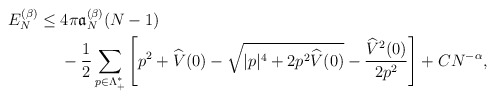
\begin{align*} E_N^{(\beta)} \le\;& 4\pi \mathfrak{a}_N^{(\beta)}(N-1)\\&-\frac{1}{2}\sum_{p\in \Lambda_+^*}\left[ p^2+\widehat V(0)-\sqrt{|p|^4+2p^2 \widehat{V}(0)}-\frac{\widehat{V}^2(0)}{2p^2}\right]+ CN^{-\alpha},\end{align*}